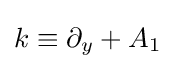
k\equiv \partial _{y}+A_{1}